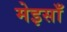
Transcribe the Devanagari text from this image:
मेइसाँ